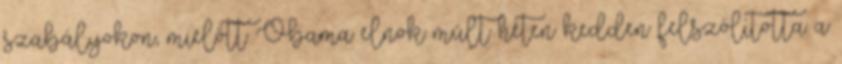
szabályokon, mielőtt Obama elnök múlt héten kedden felszólította a